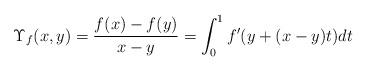
LaTeX: \begin{align*}\Upsilon_f(x,y)=\frac{f(x)-f(y)}{x-y}=\int_0^1 f'(y+(x-y)t)dt\end{align*}